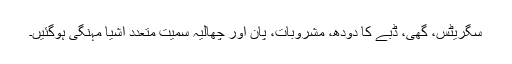
سگریٹس، گھی، ڈبے کا دودھ، مشروبات، پان اور چھالیہ سمیت متعدد اشیا مہنگی ہوگئیں۔